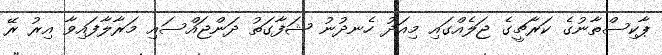
ޕާކިސްތާނުގެ ކަރާޗީގެ ޖަލެއްގައި މިއަދު ހެނދުނު ޝަފާގަތު ދަންޖައްސައި މަރާލާފައިވާ އިރު ރޭ